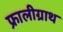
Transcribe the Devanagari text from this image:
फ्रालीग्राथ